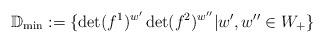
LaTeX: \begin{align*}\mathbb D_{\min}:=\{\det(f^1)^{w'}\det(f^2)^{w''}|w',w''\in W_+\}\end{align*}